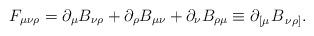
LaTeX: \begin{align*}F_{\mu \nu \rho }=\partial _\mu B_{\nu \rho }+\partial _\rho B_{\mu \nu}+\partial _\nu B_{\rho \mu }\equiv \partial _{\left[ \mu \right. }B_{\left.\nu \rho \right] }.\end{align*}